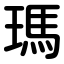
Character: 瑪